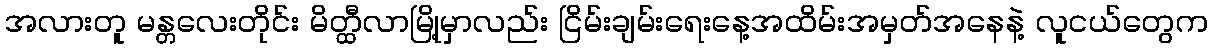
အလားတူ မန္တလေးတိုင်း မိတ္ထီလာမြို့မှာလည်း ငြိမ်းချမ်းရေးနေ့အထိမ်းအမှတ်အနေနဲ့ လူငယ်တွေက